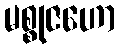
မစ္စုဇဟော